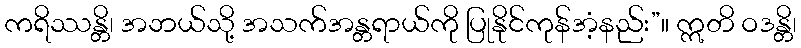
ကရိဿန္တိ၊ အဘယ်သို့ အသက်အန္တရာယ်ကို ပြုနိုင်ကုန်အံ့နည်း”။ ဣတိ ဝဒန္တိ၊